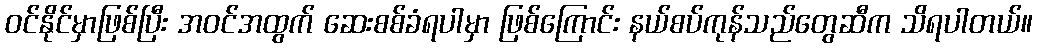
ဝင်နိုင်မှာဖြစ်ပြီး အဝင်အထွက် ဆေးစစ်ခံရပါမှာ ဖြစ်ကြောင်း နယ်စပ်ကုန်သည်တွေဆီက သိရပါတယ်။